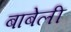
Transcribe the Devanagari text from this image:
बाबेली